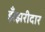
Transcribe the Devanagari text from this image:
झँझरीदार